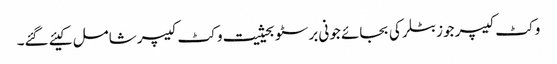
وکٹ کیپر جوز بٹلر کی بجائے جونی برسٹو بحیثیت وکٹ کیپر شامل کیئے گئے۔